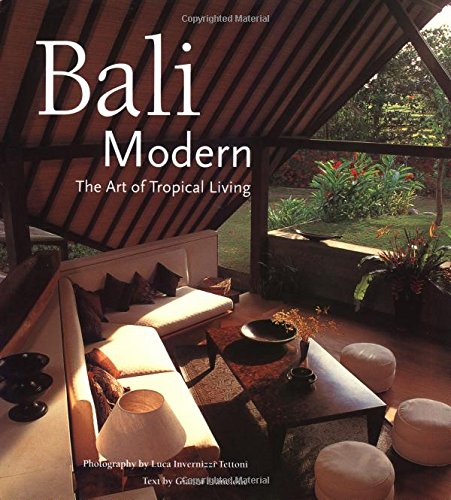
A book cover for Bali Modern: The Art of Tropical Living; Gianni Francione; Travel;